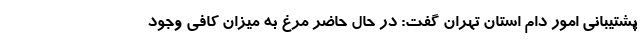
پشتیبانی امور دام استان تهران گفت: در حال حاضر مرغ به میزان کافی وجود